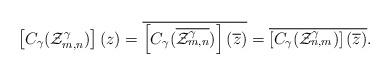
LaTeX: \begin{align*}\left[C_{\gamma}(\mathcal{Z}_{m,n}^{\gamma}) \right](z) =\overline{\left[C_{\gamma}(\overline{\mathcal{Z}_{m,n}^{\gamma}}) \right](\overline{z})}= \overline{\left[C_{\gamma}(\mathcal{Z}_{n,m}^{\gamma}) \right](\overline{z})}. \end{align*}